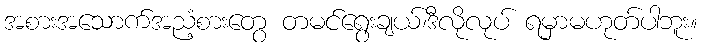
အစားအသောက်အညံ့စားတွေ တမင်ရွေးချယ်၊ဒီလိုလုပ် ရမှာမဟုတ်ပါဘူး။